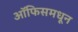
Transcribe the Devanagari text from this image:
ऑफिसमधून